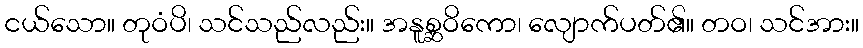
ငယ်သော။ တုဝံပိ၊ သင်သည်လည်း။ အနူစ္ဆဝိကော၊ လျောက်ပတ်၏။ တဝ၊ သင်အား။